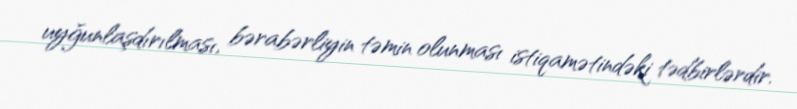
uyğunlaşdırılması, bərabərliyin təmin olunması istiqamətindəki tədbirlərdir.